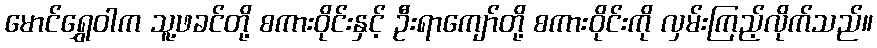
မောင်ရွှေဝါက သူ့ဖခင်တို့ စကားဝိုင်းနှင့် ဦးရာကျော်တို့ စကားဝိုင်းကို လှမ်းကြည့်လိုက်သည်။